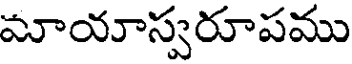
మాయాస్వరూపము